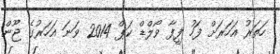
ހަތަރު އަހަރަށް ފަހު ފީފާ ވޯލްޑް ކަޕް 2014 ވަނަ އަހަރުގެ ޖޫން